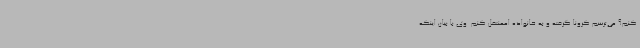
کنم؟ می‌ترسم کرونا گرفته و به خانواده اممنتقل کنم. وی با بیان اینکه